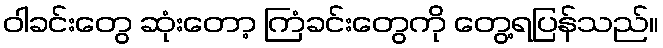
ဝါခင်းတွေ ဆုံးတော့ ကြံခင်းတွေကို တွေ့ရပြန်သည်။